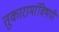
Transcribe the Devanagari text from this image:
तुकारामांविषयी